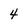
Character: 4